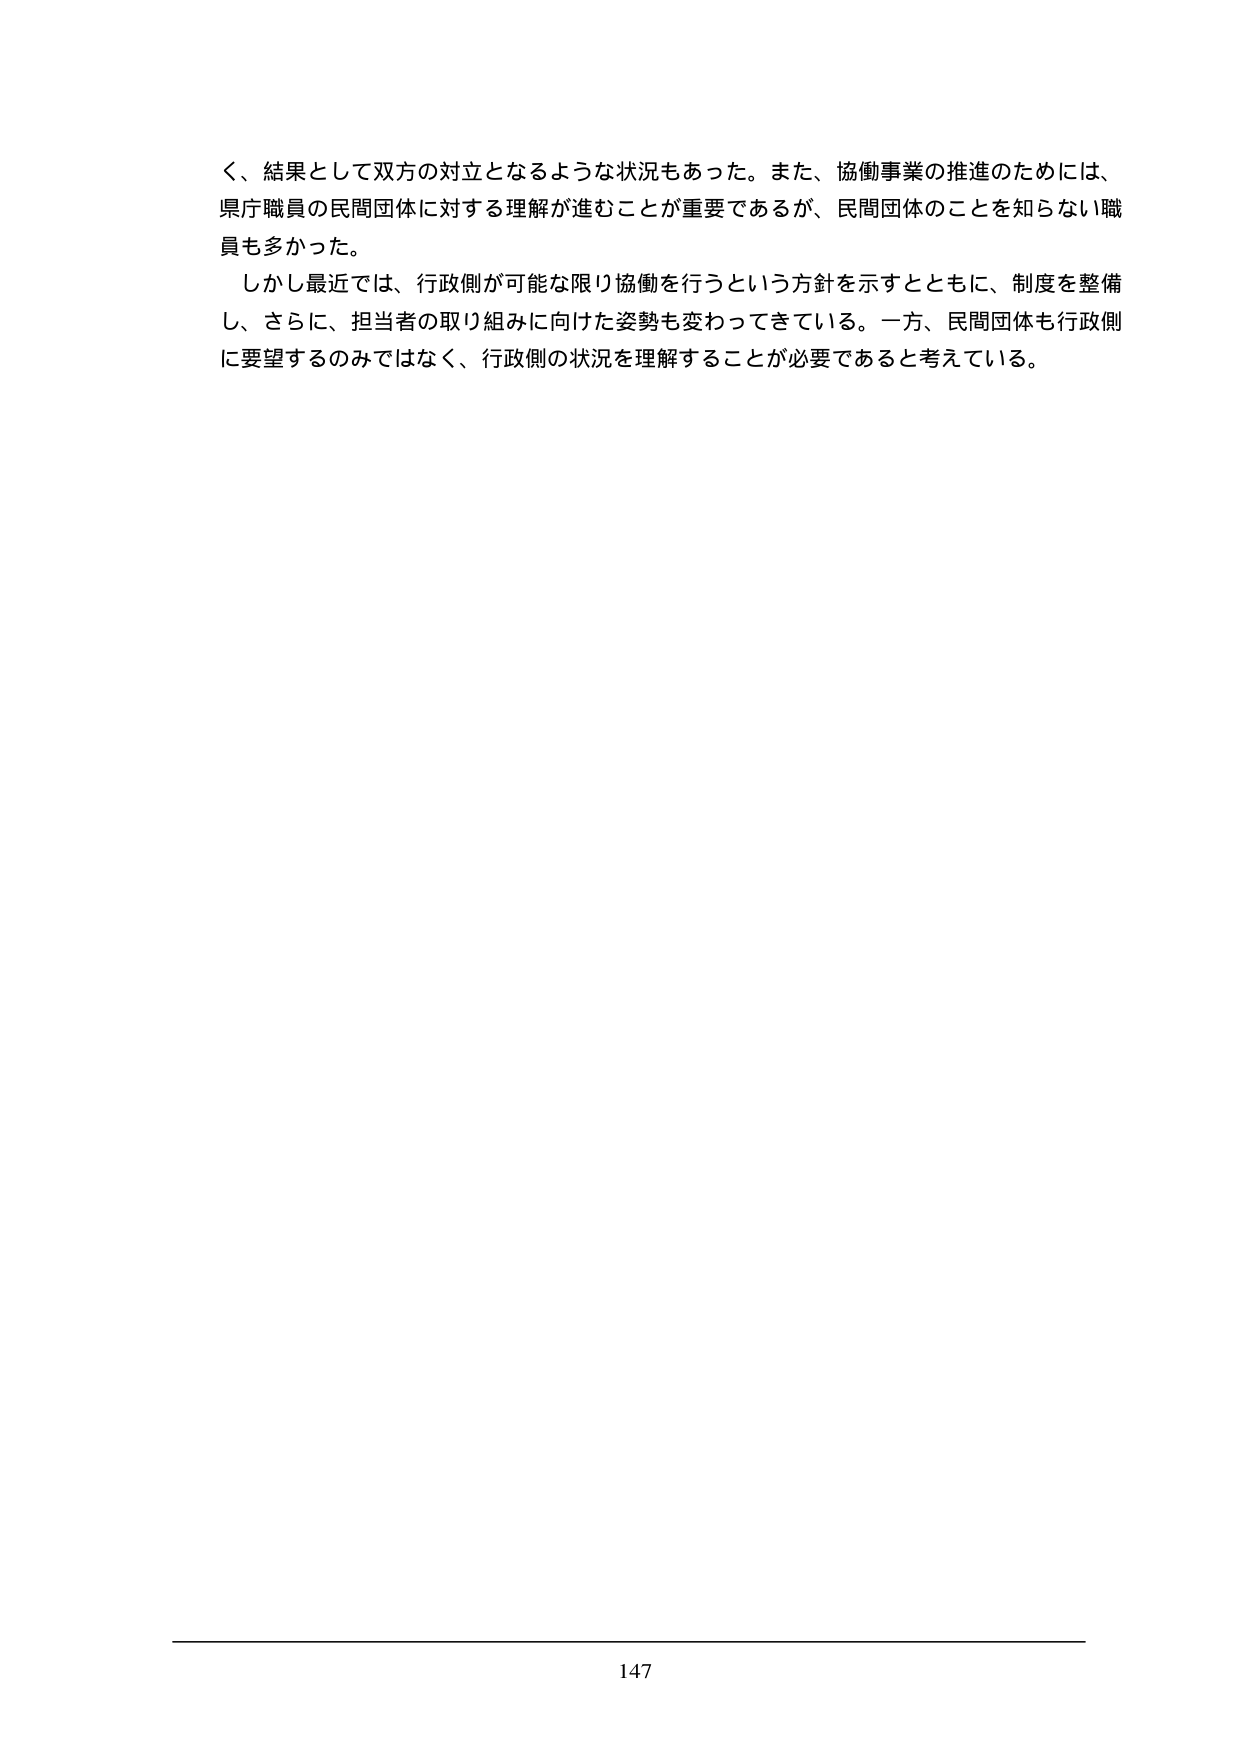
く、結果として双方の対立となるような状況もあった。また、協働事業の推進のためには、
県庁職員の民間団体に対する理解が進むことが重要であるが、民間団体のことを知らない職
員も多かった。
しかし最近では、行政側が可能な限り協働を行うという方針を示すとともに、制度を整備
し、さらに、担当者の取り組みに向けた姿勢も変わってきている。一方、民間団体も行政側
に要望するのみではなく、行政側の状況を理解することが必要であると考えている。
147